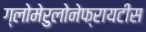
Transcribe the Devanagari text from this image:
ग्लोमेरुलोनेफ्रायटीस